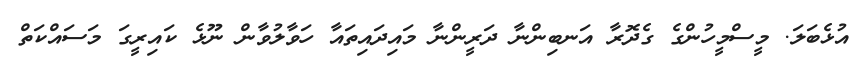
އުޅެބަލަ. މީސްމީހުންގެ ގެދޮރާ އަނބިންނާ ދަރީންނާ މައިދައިތައާ ހަވާލުވާން ނޫޅެ ކައިރީގަ މަސައްކަތް